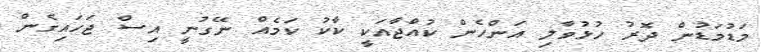
މަޑުމަޑުން ދޮރު ހުޅުވާލި އަންހެން ކުއްޖާއަކީ ކާކު ކަމެއް ނޭގުނީ އިސް ޖަހައިގެން